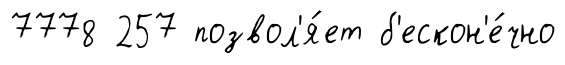
7778 257 позвол'я́ет б'ескон'е́чно